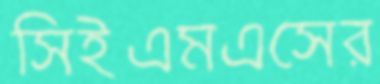
সিইএমএসের